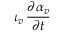
\iota _ { v } \, \frac { \partial \alpha _ { v } } { \partial t }